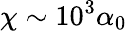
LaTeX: \chi\sim 10^{3}\alpha_{0}